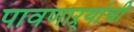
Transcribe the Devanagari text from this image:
पावणाऱ्यांची